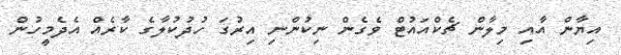
އިޔާން އާއި މިލާން ޗެކްއައުޓް ވެގެން ނިކުންނި އިރުގަ ހުދުކުލާގެ ކާރެއް އެދެމީހުން